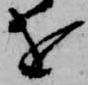
を